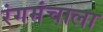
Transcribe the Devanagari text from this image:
रंगमंचाला